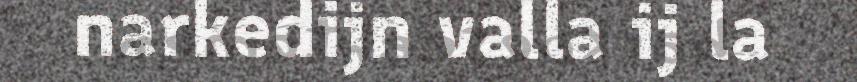
narkedijn valla ij la